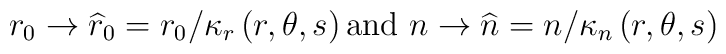
r_0\rightarrow \widehat{r}_0=r_{0}/\kappa _r\left( r,\theta ,s\right) \mbox{and }n\rightarrow \widehat{n}=n/\kappa _n\left( r,\theta ,s\right)